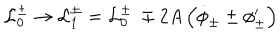
{ \cal L } _ { 0 } ^ { \pm } \rightarrow { \cal L } _ { 1 } ^ { \pm } = { \cal L } _ { 0 } ^ { \pm } \: \mp 2 A \left( \dot { \phi } _ { \pm } \pm \phi _ { \pm } ^ { \prime } \right)